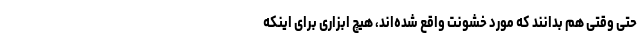
حتی وقتی هم بدانند که مورد خشونت واقع شده‌اند، هیچ ابزاری برای اینکه